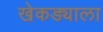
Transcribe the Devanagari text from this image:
खेकड्याला